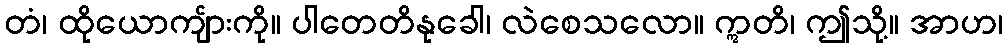
တံ၊ ထိုယောကျ်ားကို။ ပါတေတိနုခေါ၊ လဲစေသလော။ ဣတိ၊ ဤသို့။ အာဟ၊